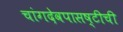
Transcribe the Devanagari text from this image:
चांगदेवपासष्टीची